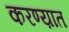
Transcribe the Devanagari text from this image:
करण्य़ात